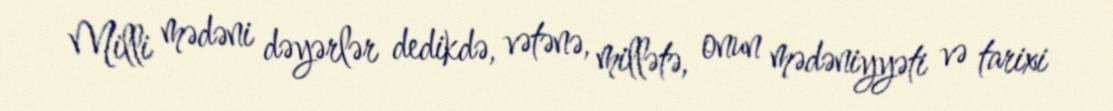
Milli mədəni dəyərlər dedikdə, vətənə, millətə, onun mədəniyyəti və tarixi